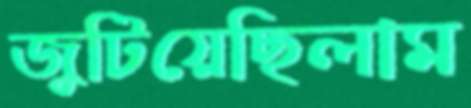
জুটিয়েছিলাম